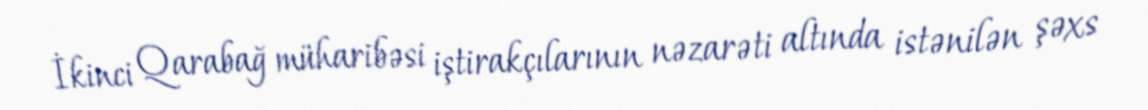
İkinci Qarabağ müharibəsi iştirakçılarının nəzarəti altında istənilən şəxs